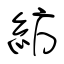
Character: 紡